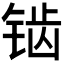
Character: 𬭔